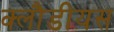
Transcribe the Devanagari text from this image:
क्लौडीयस